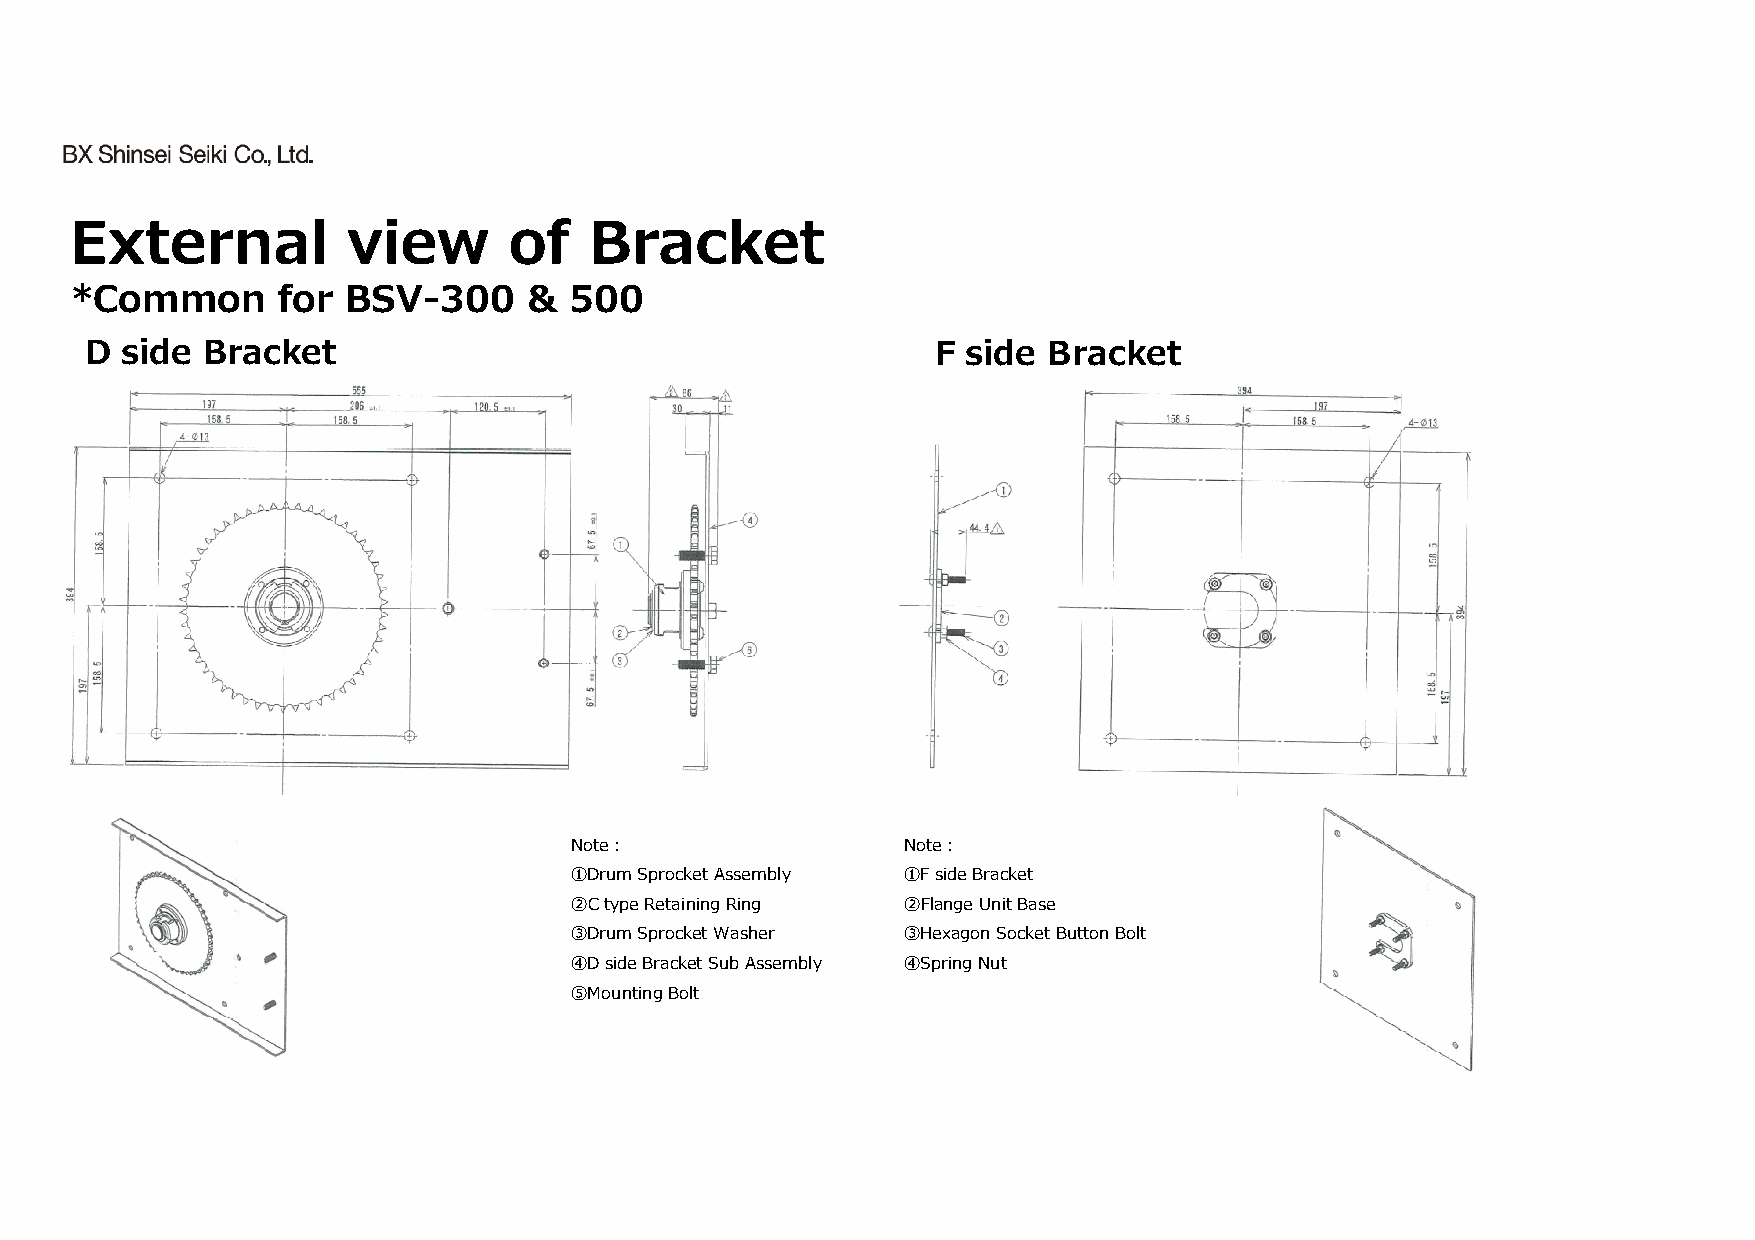
External          view       of   Bracket
 *Common      for  BSV-300     &  500
 D side Bracket                                          F side Bracket
 Note︓                 Note︓
 ①Drum Sprocket Assembly ①Fside Bracket
 ②C type Retaining Ring ②Flange Unit Base
 ③Drum Sprocket Washer ③Hexagon Socket Button Bolt
 ④D side Bracket Sub Assembly ④Spring Nut
 ⑤Mounting Bolt